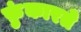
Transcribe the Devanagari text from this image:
फ़ुंकारते